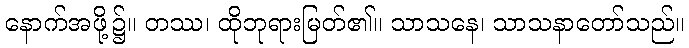
နောက်အဖို့၌။ တဿ၊ ထိုဘုရားမြတ်၏။ သာသနေ၊ သာသနာတော်သည်။